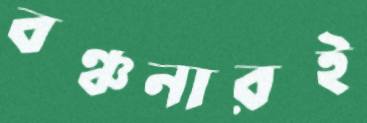
বঞ্চনারই